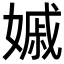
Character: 𡠽